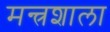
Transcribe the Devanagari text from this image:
मन्त्रशाला